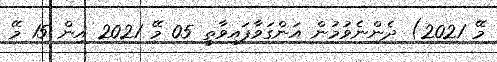
މޭ 2021) ދެންނެވުމުން އަންގަވާފައިވާތީ 05 މޭ 2021 އިން 15 މޭ